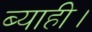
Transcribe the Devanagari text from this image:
ब्याही।